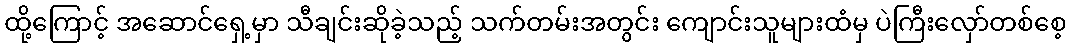
ထို့ကြောင့် အဆောင်ရှေ့မှာ သီချင်းဆိုခဲ့သည့် သက်တမ်းအတွင်း ကျောင်းသူများထံမှ ပဲကြီးလှော်တစ်စေ့